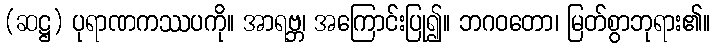
(ဆဋ္ဌ) ပုရာဏကဿပကို။ အာရဗ္ဘ၊ အကြောင်းပြု၍။ ဘဂဝတော၊ မြတ်စွာဘုရား၏။